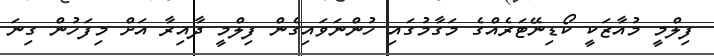
ފިލްމީ މުއާޒަކީ ކޯޑިނޭޓަރެއްގެ މަގާމުގައި ހުންނަވައިގެން ފިލްމީ ދާއިރާ އަށް މިފަހުން ގިނަ